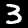
Label: 3